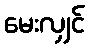
မေးလျှင်